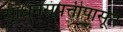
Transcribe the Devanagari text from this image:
साधनसंपत्तीपासून